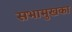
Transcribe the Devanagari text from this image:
सभामुखका